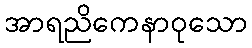
အာရညိကေနာဝုသော